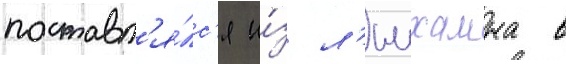
поставл'я́лс'я и́з л'имхамна в